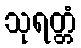
သုရတ္တံ